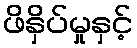
ဖိနှိပ်မှုနှင့်